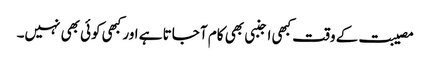
مصیبت کے وقت کبھی اجنبی بھی کام آ جاتا ہے اور کبھی کوئی بھی نہیں۔